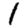
Digit: 1